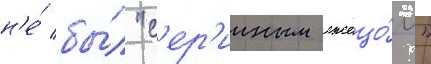
н'е́ бы́л "с'ер'ииным лжецо́м"